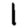
Digit: 1